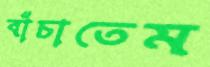
বাঁচাতেম